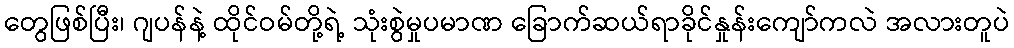
တွေဖြစ်ပြီး၊ ဂျပန်နဲ့ ထိုင်ဝမ်တို့ရဲ့ သုံးစွဲမှုပမာဏ ခြောက်ဆယ်ရာခိုင်နှုန်းကျော်ကလဲ အလားတူပဲ